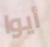
أيوا